Scottish Leaving Certificate Examination, 1953
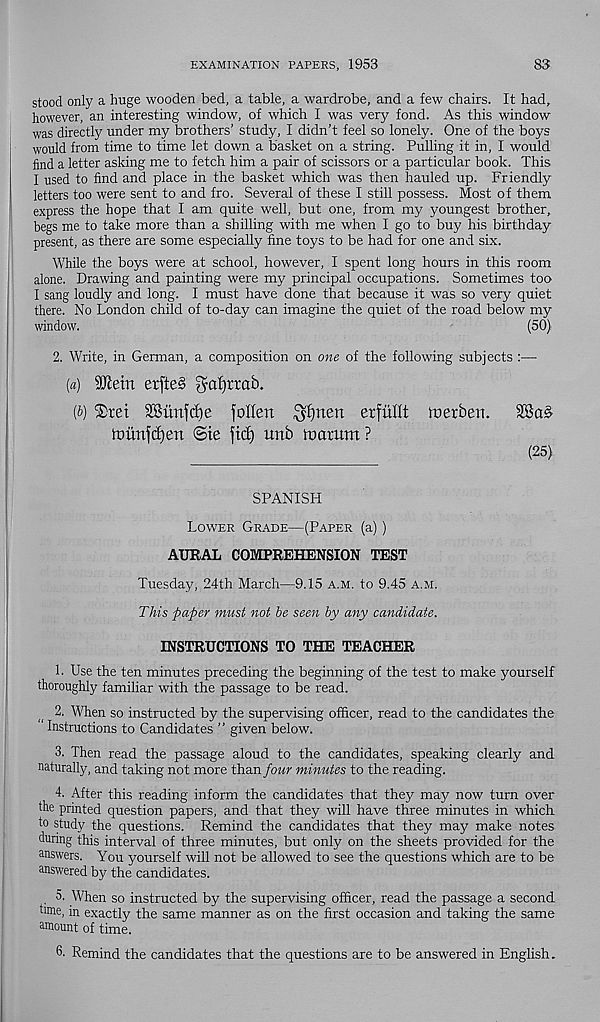
EXAMINATION PAPERS, 1953
83
stood only a huge wooden bed, a table, a wardrobe, and a few chairs. It had,
however, an interesting window, of which I was very fond. As this window
was directly under my brothers’ study, I didn’t feel so lonely. One of the boys
would from time to time let down a basket on a string. Pulling it in, I would
find a letter asking me to fetch him a pair of scissors or a particular book. This
I used to find and place in the basket which was then hauled up. Friendly
letters too were sent to and fro. Several of these I still possess. Most of them
express the hope that I am quite well, but one, from my youngest brother,
begs me to take more than a shilling with me when I go to buy his birthday
present, as there are some especially fine toys to be had for one and six.
While the boys were at school, however, I spent long hours in this room
alone. Drawing and painting were my principal occupations. Sometimes too
I sang loudly and long. I must have done that because it was so very quiet
there. No London child of to-day can imagine the quiet of the road below my
window.
(50).
2. Write, in German, a composition on one of the following subjects :—
[a) 2DMn erfteS gafjrrab.
(b) ®tet 2Bunfd)e fallen $£)nen erfullt toerben.
nmnfdjen 6te fid) unb to arum ?
(25)
SPANISH
Lower Grade—(Paper (a) )
AURAL COMPREHENSION TEST
Tuesday, 24th March—9.15 a.m. to 9.45 a.m.
This paper must not be seen by any candidate.
INSTRUCTIONS TO THE TEACHER
1. Use the ten minutes preceding the beginning of the test to make yourself
thoroughly familiar with the passage to be read.
2. When so instructed by the supervising officer, read to the candidates the
Instructions to Candidates ” given below.
3. Then read the passage aloud to the candidates, speaking clearly and
naturally, and taking not more than four minutes to the reading.
4. After this reading inform the candidates that they may now turn over
the printed question papers, and that they will have three minutes in which
to study the questions. Remind the candidates that they may make notes
during this interval of three minutes, but only on the sheets provided for the
answers. You yourself will not be allowed to see the questions which are to be
answered by the candidates.
. 5. When so instructed by the supervising officer, read the passage a second
fiiue, in exactly the same manner as on the first occasion and taking the same
amount of time.
6. Remind the candidates that the questions are to be answered in English.